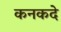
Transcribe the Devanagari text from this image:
कनकदे